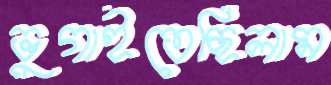
ভুগাইতেছিলাম